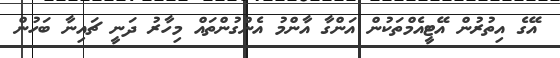
އޭގެ އިތުރުން އޭޓީއެމްތަކުން އަންގާ އާންމު އެންގުންތައް މިހާރު ދަނީ ޗައިނާ ބަހުން